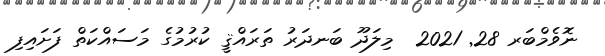
ނޮވެމްބަރ 28